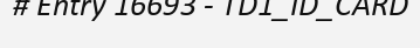
# Entry 16693 - TD1_ID_CARD